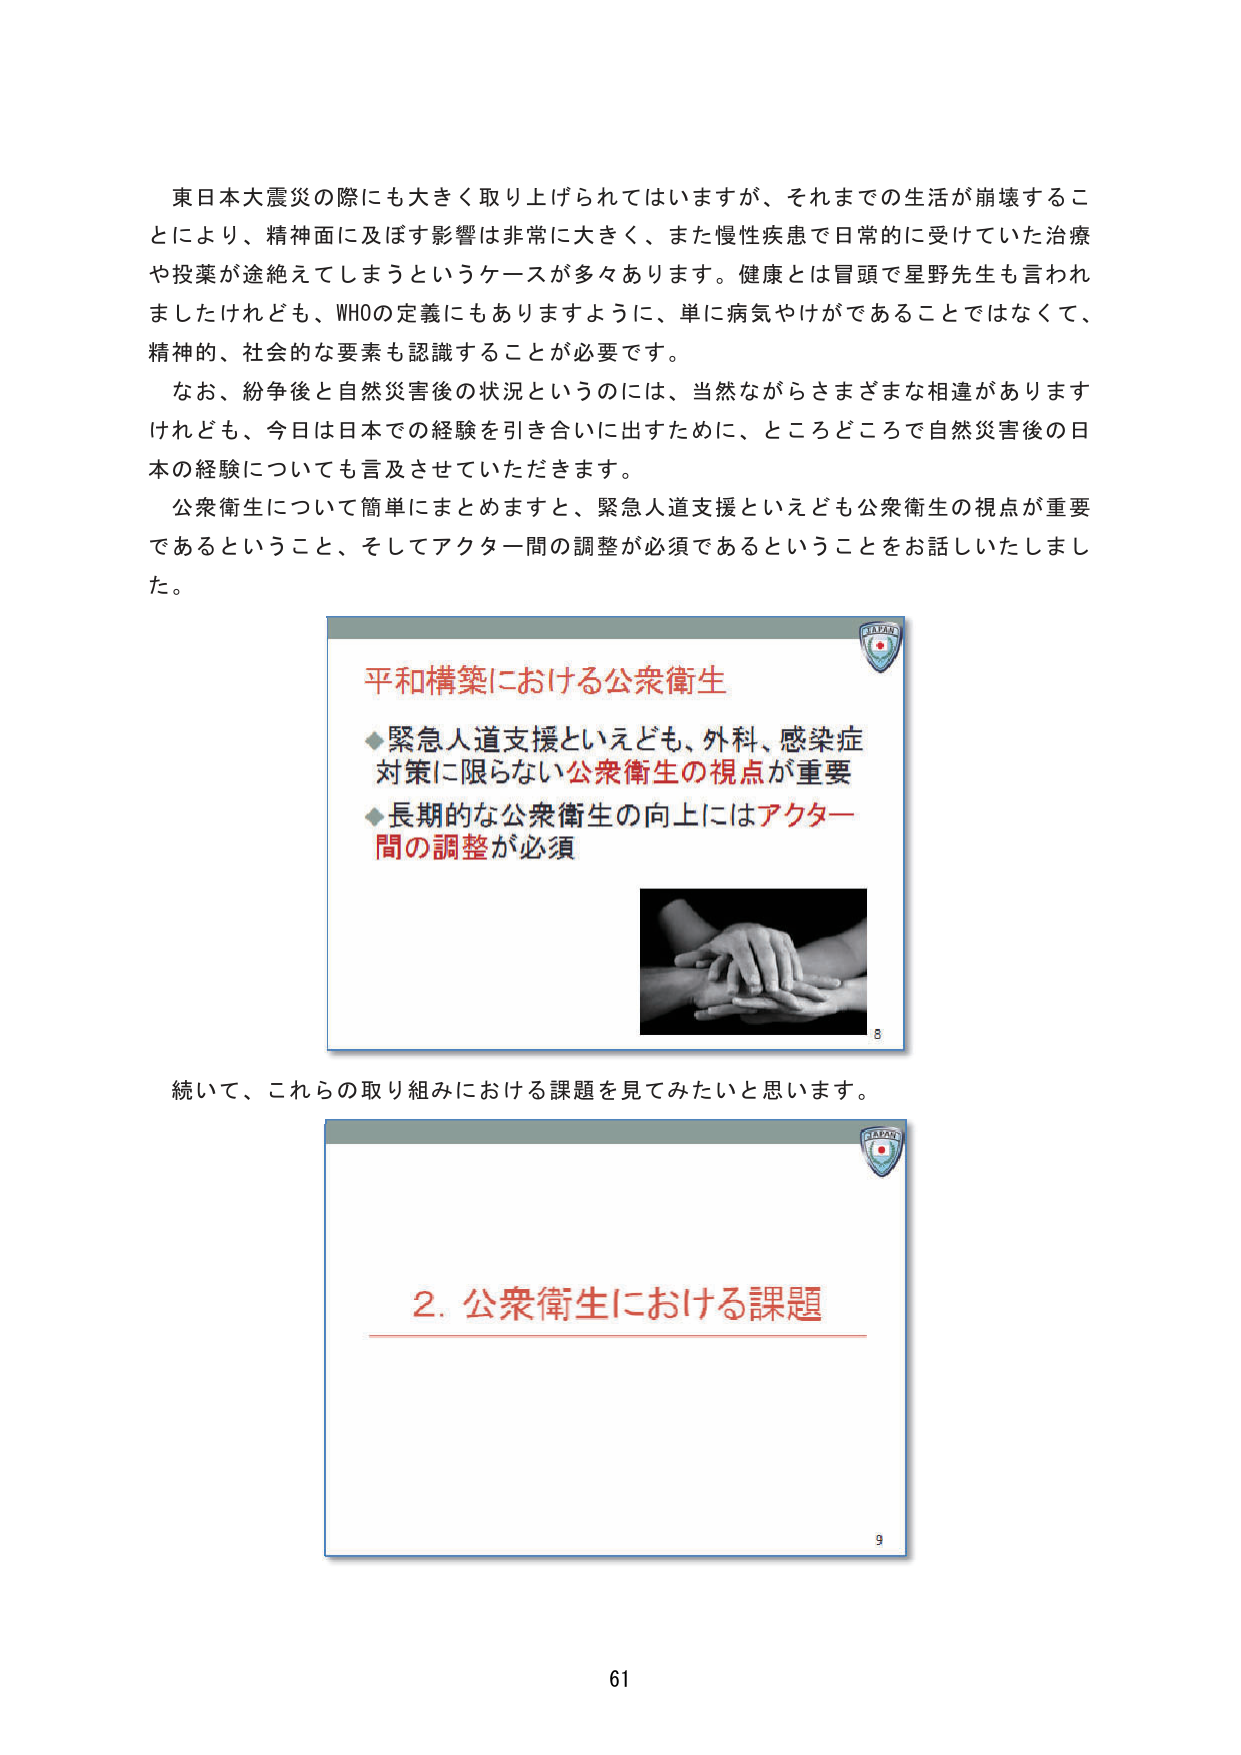
東日本大震災の際にも大きく取り上げられてはいますが、それまでの生活が崩壊することにより、精神面に及ぼす影響は非常に大きく、また慢性疾患で日常的に受けていた治療や投薬が途絶えてしまうというケースが多々あります。健康とは冒頭で星野先生も言われましたけれども、WHOの定義にもありますように、単に病気やけがであることでなく、精神的、社会的な要素も認識することが必要です。

なお、紛争後と自然災害後の状況というのには、当然ながらさまざまな相違がありますけれども、今日は日本での経験を引き合いに出すために、ところどころで自然災害後の日本の経験についても言及させていただきます。

公衆衛生について簡単にまとめますと、緊急人道支援といえども公衆衛生の視点が重要であるということ、そしてアクター間の調整が必須であるということをお話しいたしました。

平和構築における公衆衛生
◆緊急人道支援といえども、外科、感染症対策に限らない公衆衛生の視点が重要
◆長期的な公衆衛生の向上にはアクター間の調整が必須

続いて、これらの取り組みにおける課題を見てみたいと思います。

2. 公衆衛生における課題

61